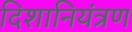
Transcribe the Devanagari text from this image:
दिशानियंत्रण